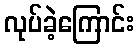
လုပ်ခဲ့ကြောင်း